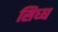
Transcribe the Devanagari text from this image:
सिध्ध